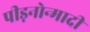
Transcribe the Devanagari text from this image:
पीड़नोन्मादी